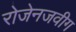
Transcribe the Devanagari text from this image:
रोजेनजवीग